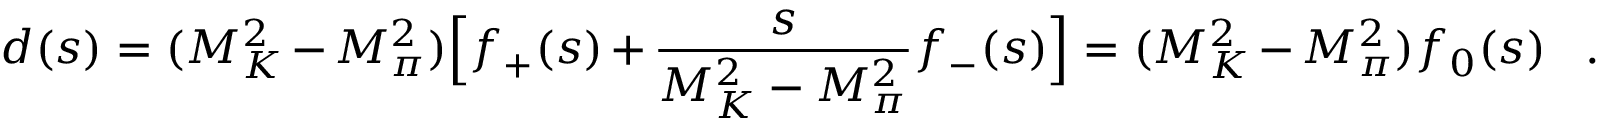
d ( s ) = ( M _ { K } ^ { 2 } - M _ { \pi } ^ { 2 } ) \Big [ f _ { + } ( s ) + { \frac { s } { M _ { K } ^ { 2 } - M _ { \pi } ^ { 2 } } } f _ { - } ( s ) \Big ] = ( M _ { K } ^ { 2 } - M _ { \pi } ^ { 2 } ) f _ { 0 } ( s ) \; \; \; .